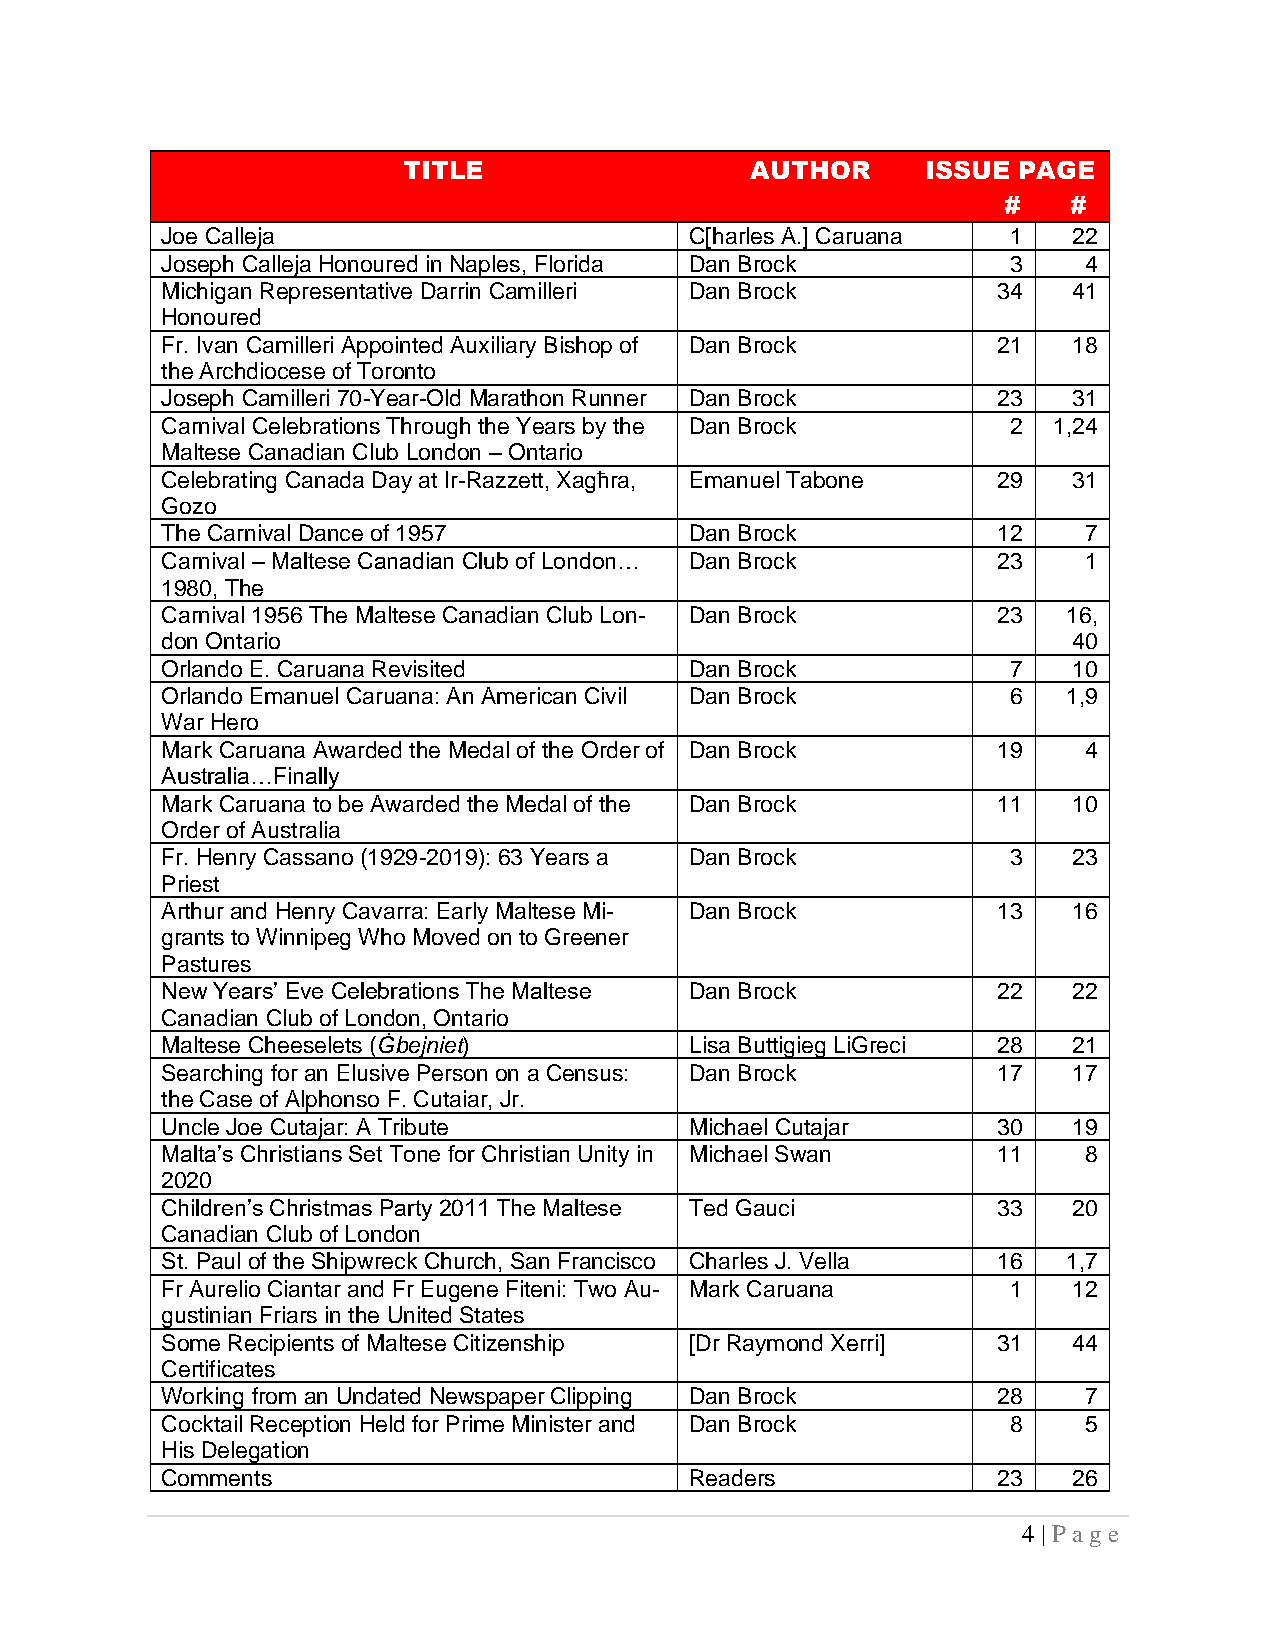
TITLE                  AUTHOR     ISSUE PAGE
 #    #
 Joe Calleja                        C[harles A.] Caruana 1   22
 Joseph Calleja Honoured in Naples, Florida Dan Brock    3    4
 Michigan Representative Darrin Camilleri Dan Brock     34   41
 Honoured
 Fr. Ivan Camilleri Appointed Auxiliary Bishop of Dan Brock 21 18
 the Archdiocese of Toronto
 Joseph Camilleri 70-Year-Old Marathon Runner Dan Brock 23   31
 Carnival Celebrations Through the Years by the Dan Brock 2 1,24
 Maltese Canadian Club London – Ontario
 Celebrating Canada Day at Ir-Razzett, Xagħra, Emanuel Tabone 29 31
 Gozo
 The Carnival Dance of 1957         Dan Brock           12    7
 Carnival – Maltese Canadian Club of London… Dan Brock  23    1
 1980, The
 Carnival 1956 The Maltese Canadian Club Lon- Dan Brock 23   16,
 don Ontario                                                 40
 Orlando E. Caruana Revisited       Dan Brock            7   10
 Orlando Emanuel Caruana: An American Civil Dan Brock    6   1,9
 War Hero
 Mark Caruana Awarded the Medal of the Order of Dan Brock 19  4
 Australia…Finally
 Mark Caruana to be Awarded the Medal of the Dan Brock  11   10
 Order of Australia
 Fr. Henry Cassano (1929-2019): 63 Years a Dan Brock     3   23
 Priest
 Arthur and Henry Cavarra: Early Maltese Mi- Dan Brock  13   16
 grants to Winnipeg Who Moved on to Greener
 Pastures
 New Years’ Eve Celebrations The Maltese Dan Brock      22   22
 Canadian Club of London, Ontario
 Maltese Cheeselets (Ġbejniet)      Lisa Buttigieg LiGreci 28 21
 Searching for an Elusive Person on a Census: Dan Brock 17   17
 the Case of Alphonso F. Cutaiar, Jr.
 Uncle Joe Cutajar: A Tribute       Michael Cutajar     30   19
 Malta’s Christians Set Tone for Christian Unity in Michael Swan 11 8
 2020
 Children’s Christmas Party 2011 The Maltese Ted Gauci  33   20
 Canadian Club of London
 St. Paul of the Shipwreck Church, San Francisco Charles J. Vella 16 1,7
 Fr Aurelio Ciantar and Fr Eugene Fiteni: Two Au- Mark Caruana 1 12
 gustinian Friars in the United States
 Some Recipients of Maltese Citizenship [Dr Raymond Xerri] 31 44
 Certificates
 Working from an Undated Newspaper Clipping Dan Brock   28    7
 Cocktail Reception Held for Prime Minister and Dan Brock 8   5
 His Delegation
 Comments                           Readers             23   26
 4 | P ag e